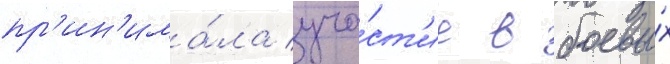
пр'ин'има́ла уча́ст'ие в боевы́х